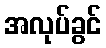
အလုပ်ခွင်